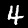
Label: 4